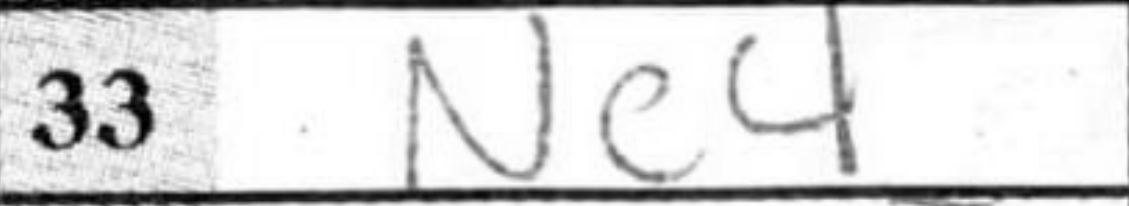
Transcription: Ne4